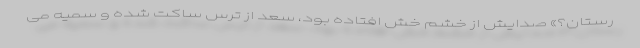
رستان؟» صدایش از خشم خش افتاده بود، سعد از ترس ساکت شده و سمیه می